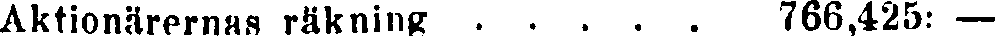
Aktionärernas räkning 766,425: —